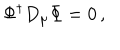
LaTeX: \Phi ^ { \dagger } D _ { \mu } \Phi = 0 \, ,